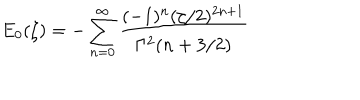
E _ { 0 } ( \zeta ) = - \sum _ { n = 0 } ^ { \infty } \frac { ( - 1 ) ^ { n } ( \zeta / 2 ) ^ { 2 n + 1 } } { \Gamma ^ { 2 } ( n + 3 / 2 ) }